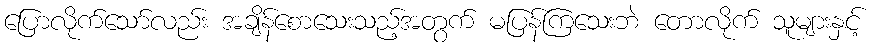
ပြောလိုက်သော်လည်း အချိန်စောသေးသည့်အတွက် မပြန်ကြသေးဘဲ တောလိုက် သူများနှင့်